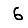
Digit: 6